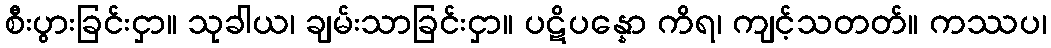
စီးပွားခြင်းငှာ။ သုခါယ၊ ချမ်းသာခြင်းငှာ။ ပဋိပန္နော ကိရ၊ ကျင့်သတတ်။ ကဿပ၊